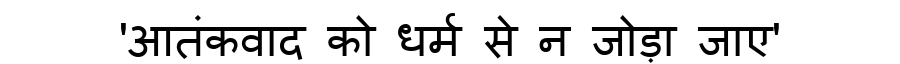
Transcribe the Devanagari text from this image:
'आतंकवाद को धर्म से न जोड़ा जाए'